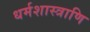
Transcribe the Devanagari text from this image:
धर्मशास्त्राणि